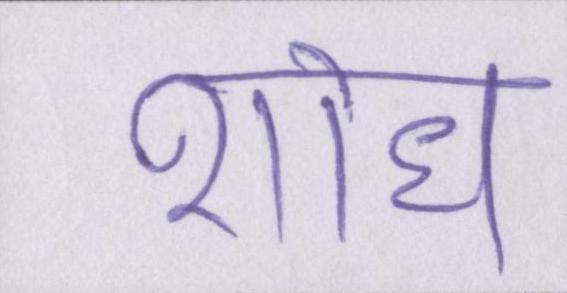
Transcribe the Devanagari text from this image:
शोध